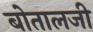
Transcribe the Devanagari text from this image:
बोतालजी